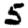
Digit: 5